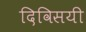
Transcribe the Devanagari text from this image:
दिविसयी